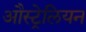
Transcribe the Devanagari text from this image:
औस्ट्रेलियन